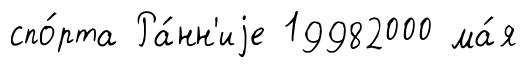
спо́рта Ра́нн'иjе 19982000 ма́я